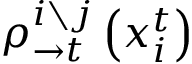
\rho _ { \rightarrow t } ^ { i \setminus j } \left( x _ { i } ^ { t } \right)